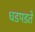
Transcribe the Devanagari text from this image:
धडपडते